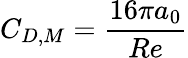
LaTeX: C_{D,M}=\frac{16\pi a_{0}}{Re}